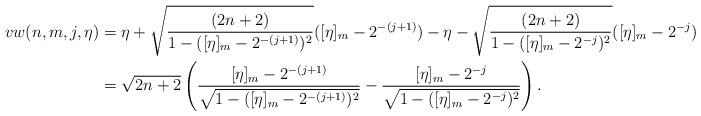
LaTeX: \begin{align*}vw(n,m,j,\eta)&=\eta+\sqrt{\frac{(2n+2)}{1-([\eta]_{m}-2^{-(j+1)})^2}}([\eta]_{m}-2^{-(j+1)})-\eta-\sqrt{\frac{(2n+2)}{1-([\eta]_{m}-2^{-j})^2}}([\eta]_{m}-2^{-j})\\&=\sqrt{2n+2}\left(\frac{[\eta]_{m}-2^{-(j+1)}}{\sqrt{1-([\eta]_{m}-2^{-(j+1)})^2}}-\frac{[\eta]_{m}-2^{-j}}{\sqrt{1-([\eta]_{m}-2^{-j})^2}}\right).\end{align*}